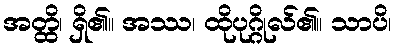
အတ္ထိ၊ ရှိ၏။ အဿ၊ ထိုပုဂ္ဂိုလ်၏။ သာပိ၊